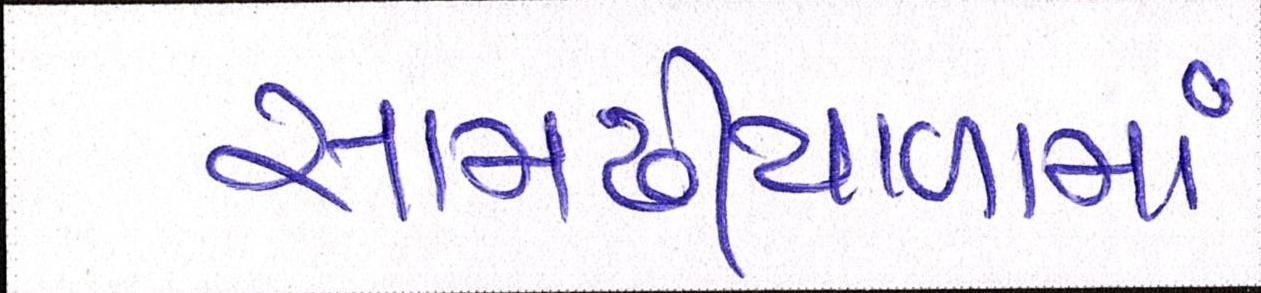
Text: સામઢીયાળામાં